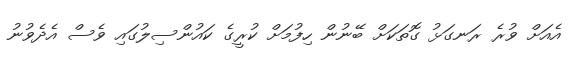
އެއަށް ވުރެ ރަނގަޅު ގޮތަކަށް ބޭނުން ހިފުމަށް ކުރީގެ ކައުންސިލުގައި ވެސް އެދެވުނު